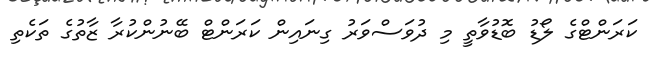
ކަރަންޓްގެ ލޯޑު ބޮޑުވާތީ މި ދުވަސްވަރު ގިނައިން ކަރަންޓް ބޭނުންކުރާ ޒާތުގެ ތަކެތި